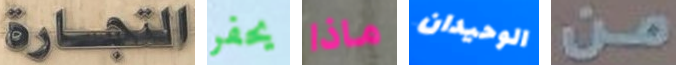
التجارة يحفر ماذا الوحيدان من